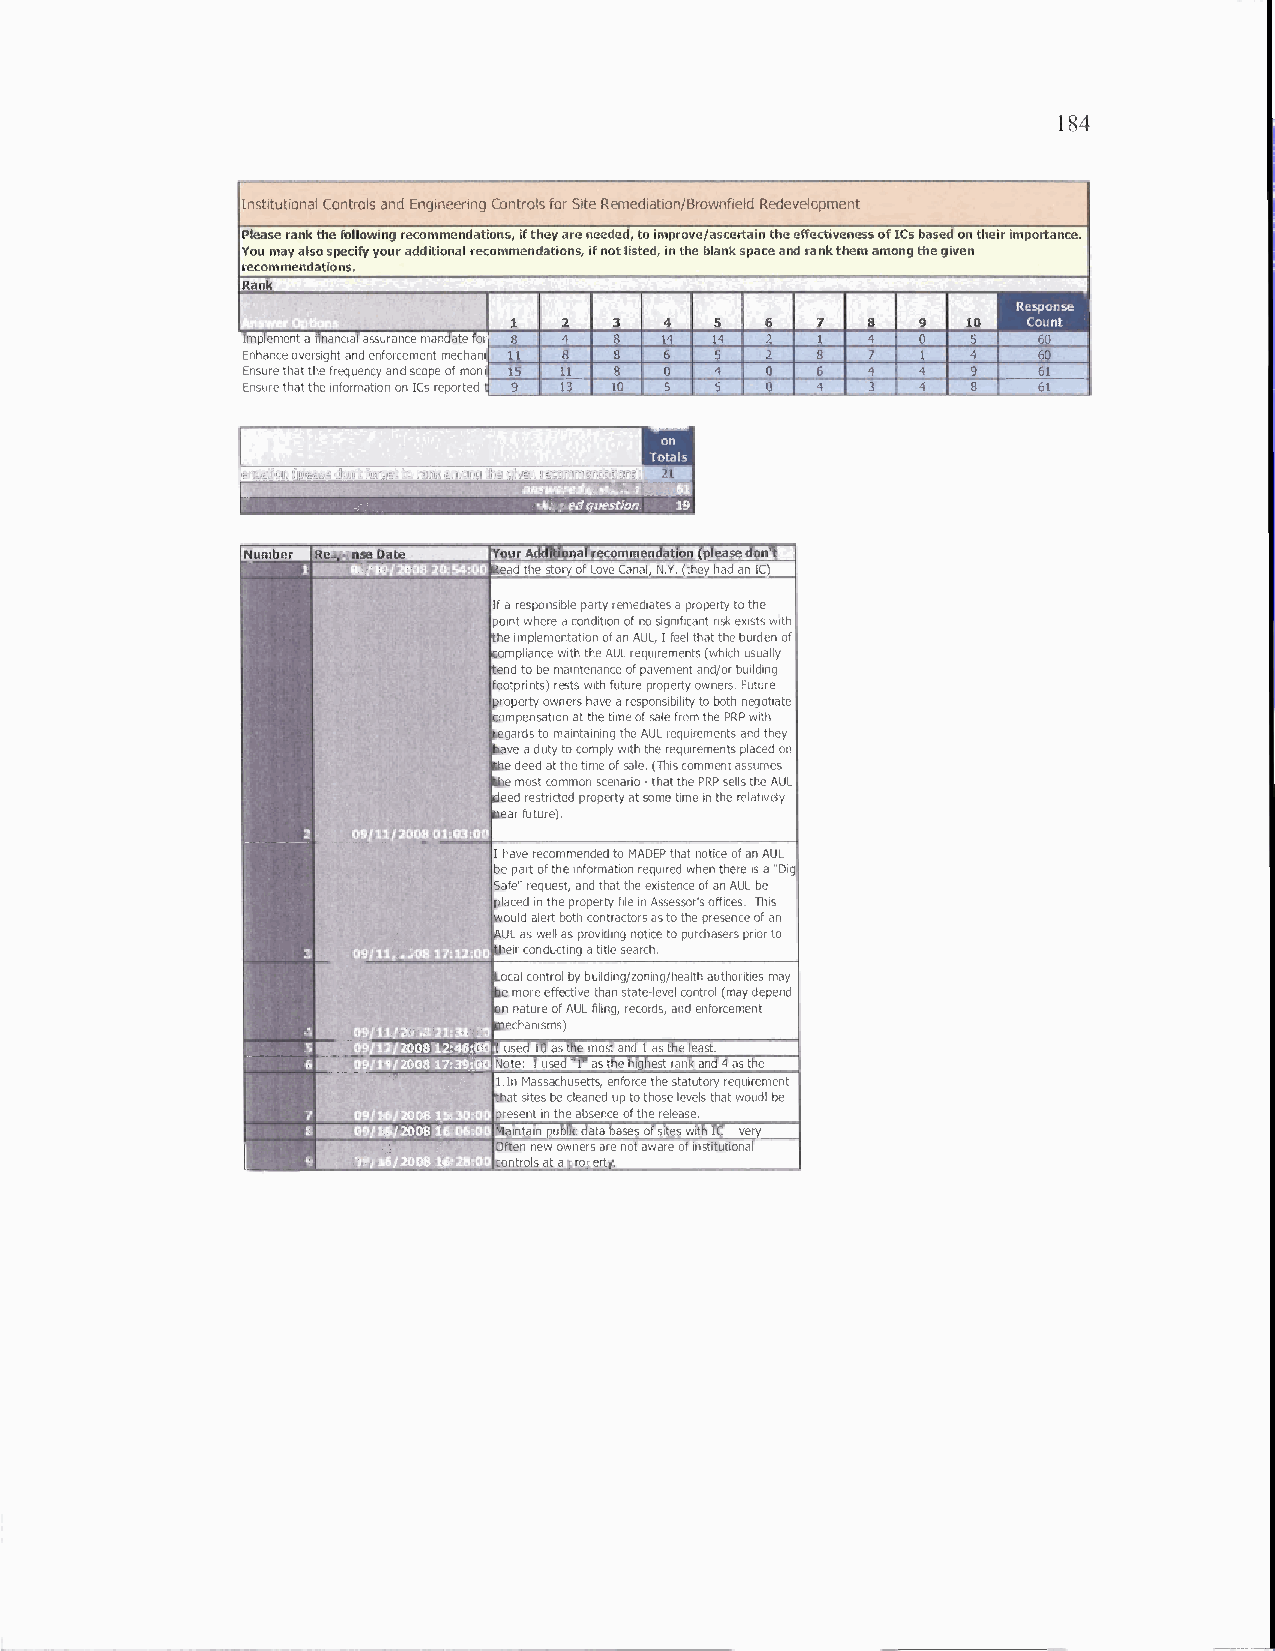
184
 Institutional Controls and Engineering Controls for Site Remediation/Brownfield Redevelopment
 Please rank the following recommendations, if they are needed, to improve/ascertain the effectiveness of ICs based on their importance.
 You may also specify your additional recommendations, if not listed, in the blank space and rank them among the given
 recommendations.
 Rank
 Response
 1  2   3  4  5   6  7  8   9  10  Count
 Implement a financial assurance mandate for 8 4 8 14 14 2 1 4 0 5 60
 Enhance oversight and enforcement mechani 11 8 8 6 5 2 8 7 1 4 60
 Ensure that the frequency and scope of moni 15 11 8 0 4 0 6 4 4 9 61
 Ensure that the information on ICs reported t 9 13 10 5 5 0 4 3 4 8 61
 on
 Totals
 endation (please don't forget to rank among the given recommendations
 Number Response Date Your Additional recommendation (please don't
 Read the story of Love Canal, N.Y. (they had an IC)
 If a responsible party remediates a property to the
 point where a condition of no significant risk exists with
 the implementation of an AUL, I feel that the burden of
 compliance with the AUL requirements (which usually
 tend to be maintenance of pavement and/or building
 footprints) rests with future property owners. Future
 property owners have a responsibility to both negotiate
 compensation at the time of sale from the PRP with
 regards to maintaining the AUL requirements and they
 have a duty to comply with the requirements placed on
 the deed at the time of sale. (This comment assumes
 the most common scenario - that the PRP sells the AUL
 deed restricted property at some time in the relatively
 near future).
 1 have recommended to MADEP that notice of an AUL
 be part of the information required when there is a "Dig
 Safe" request, and that the existence of an AUL be
 placed in the property file in Assessor's offices. This
 would alert both contractors as to the presence of an
 AUL as well as providing notice to purchasers prior to
 their conducting a title search.
 Local control by building/zoning/health authorities may
 be more effective than state-level control (may depend
 on nature of AUL filing, records, and enforcement
 mechanisms)
 200812 48 6 I used 10 as the most and 1 as the least.
 Z008 17:39t Note: I used "1" as the highest rank and 4 as the
 1.1n Massachusetts, enforce the statutory requirement
 that sites be cleaned up to those levels that woudl be
 present in the absence of the release.
 t:   Maintain public data bases of sites with IC very
 Often new owners are not aware of institutional
 controls at a property.